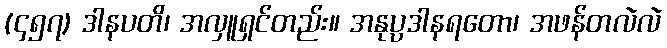
(၄၅၇) ဒါနပတိ၊ အလှူရှင်တည်း။ အနုပ္ပဒါနရတော၊ အဖန်တလဲလဲ